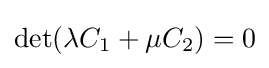
\det(\lambda C_{1}+\mu C_{2})=0